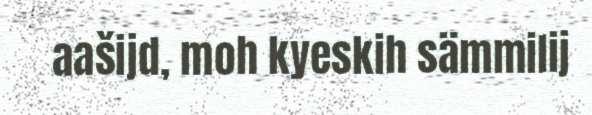
aašijd, moh kyeskih sämmilij